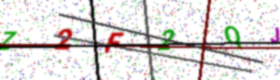
Text: Z2F2QJ